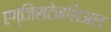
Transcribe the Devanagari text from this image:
एग्जिसटेनशिअल